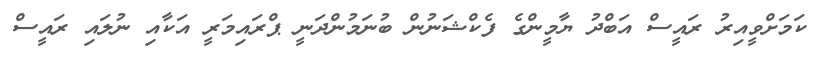
ކަމަށްވީއިރު ރައީސް އަބްދު ޔާމީންގެ ފެކްޝަނުން ބުނަމުންދަނީ ޕްރައިމަރީ އަކާއި ނުލައި ރައީސް